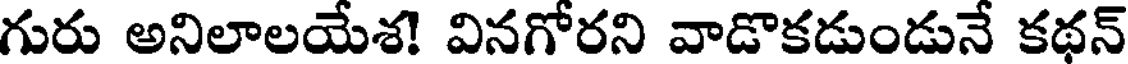
గురు అనిలాలయేశ! వినగోరని వాడొకడుండునే కథన్